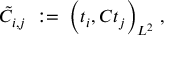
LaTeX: \tilde { C } _ { i , j } \; : = \; \Big ( t _ { i } , C t _ { j } \Big ) _ { L ^ { 2 } } \; ,